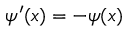
\psi ^ { \prime } ( x ) = - \psi ( x )